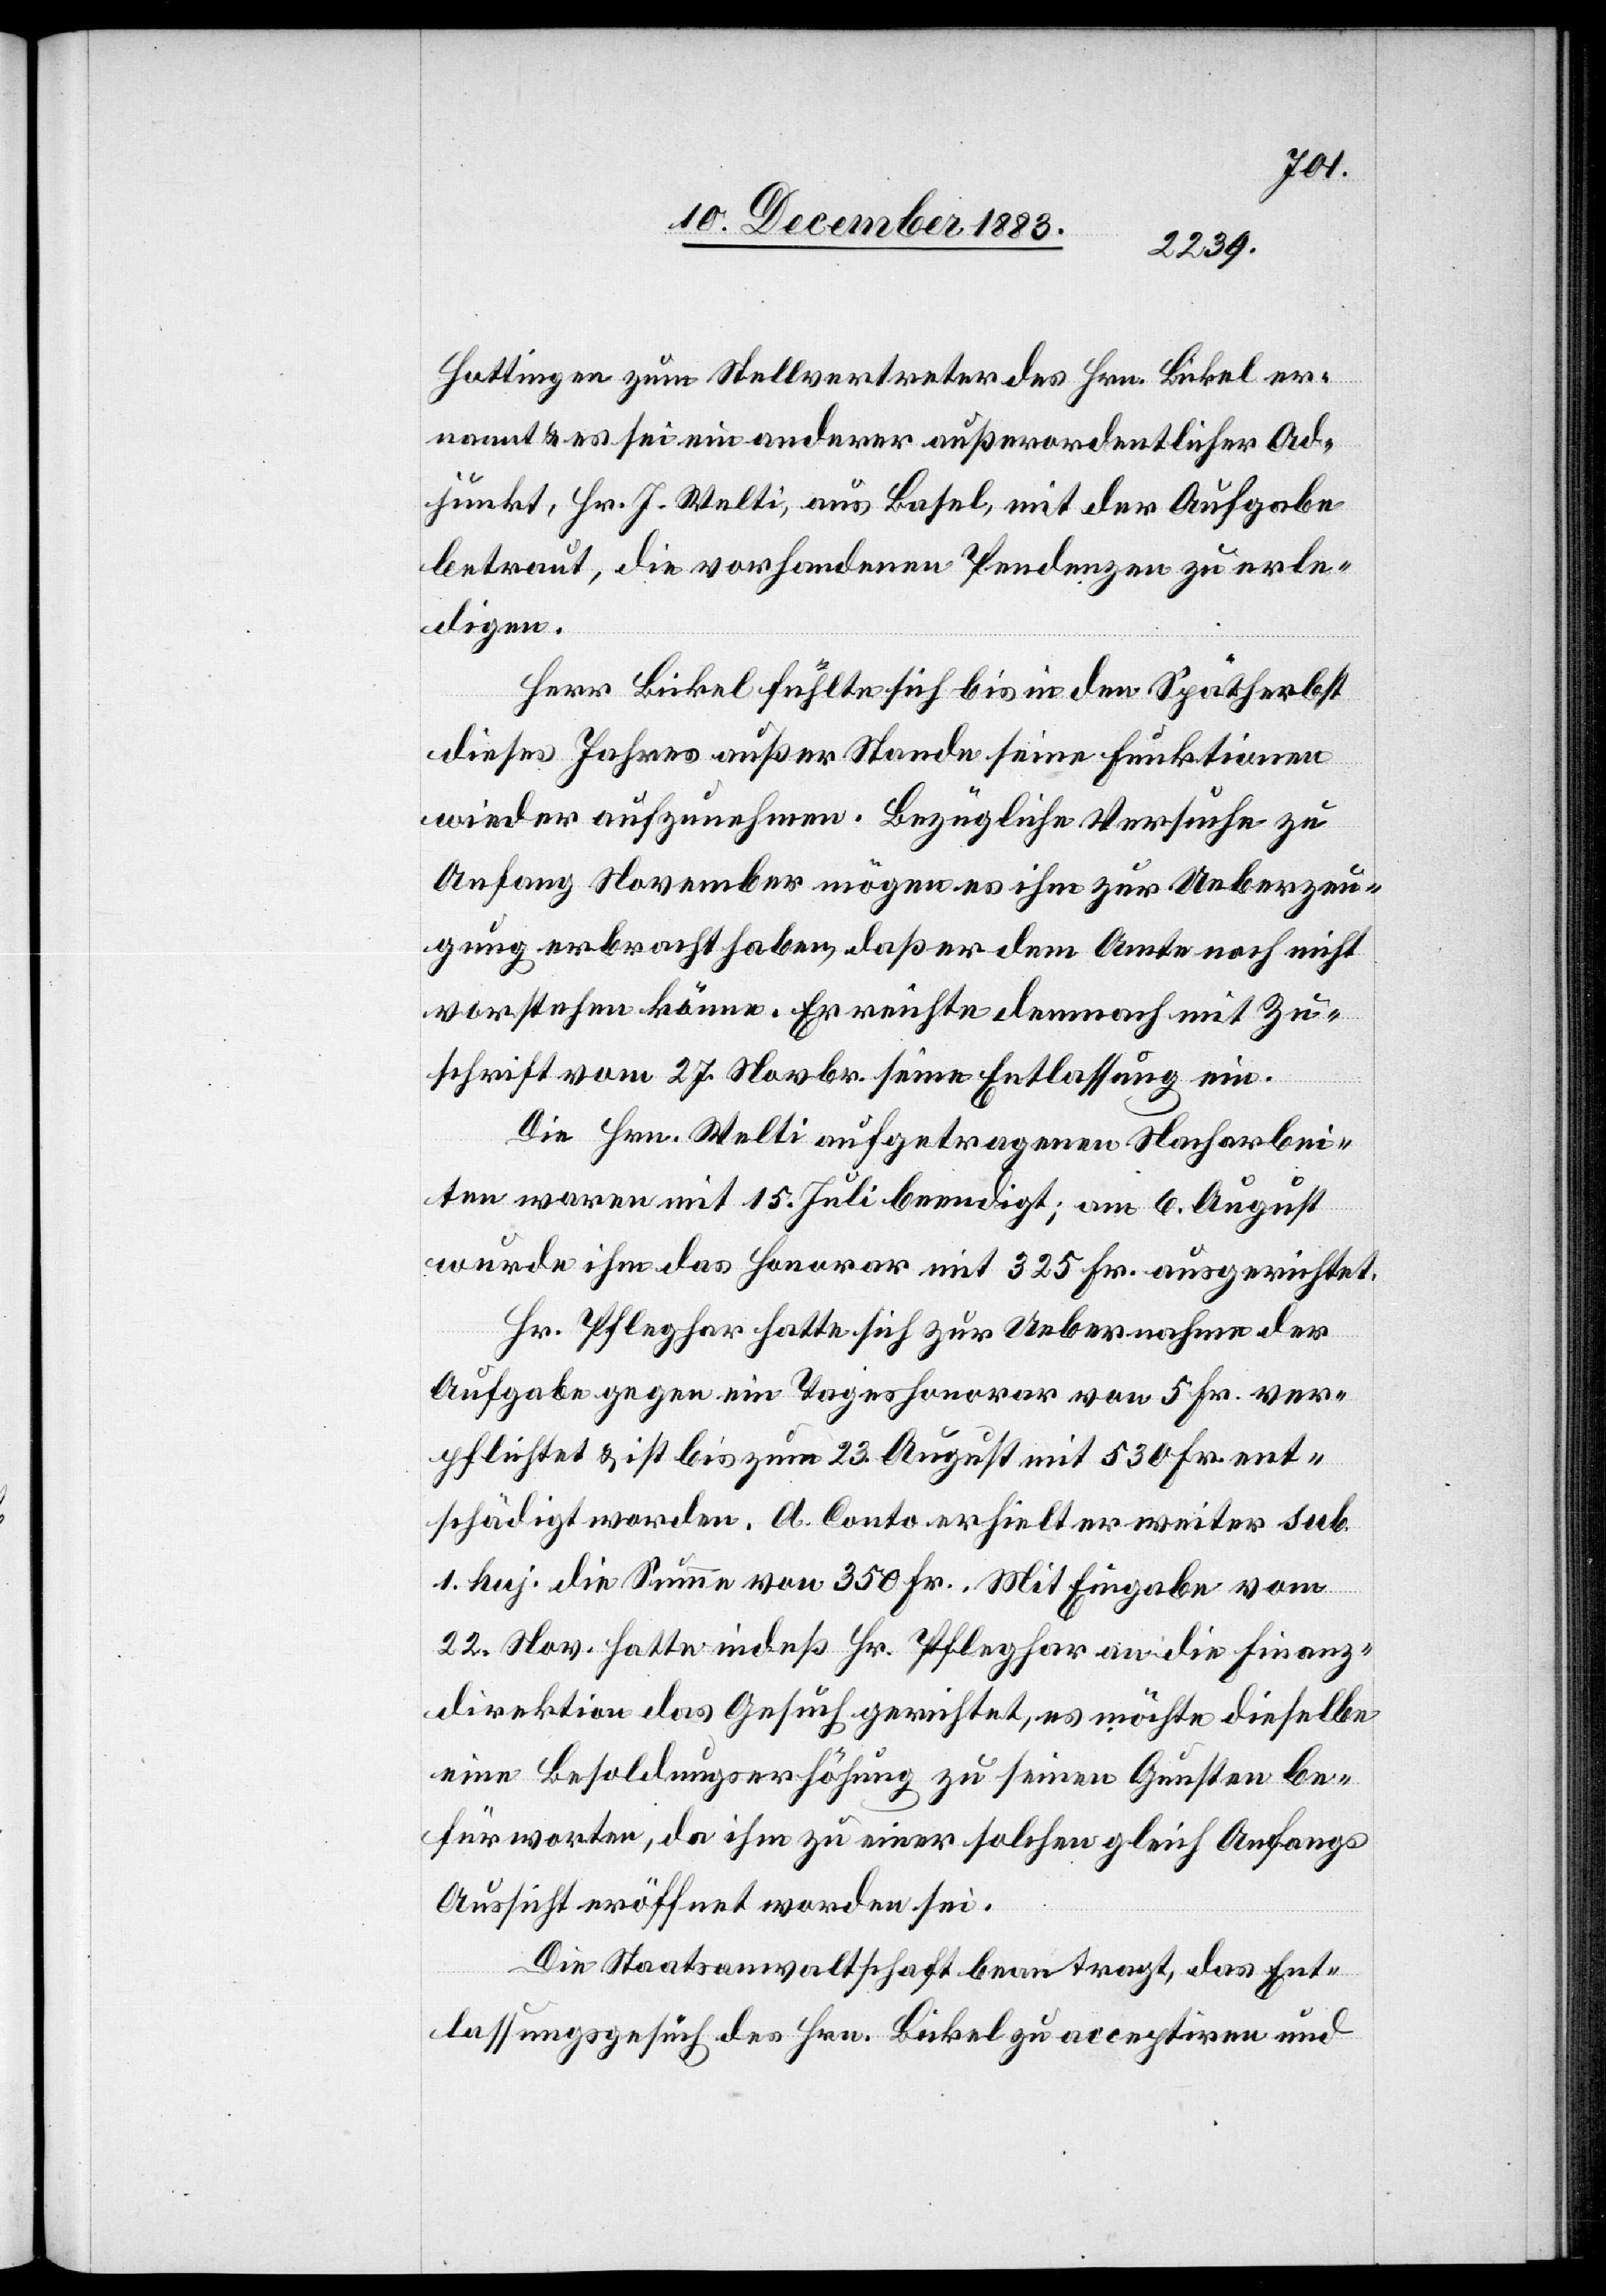
Hottingen zum Stellvertreter des Hrn. Bickel er¬
nannt & es sei ein anderer außerordentlicher Ad¬
junkt, Hr. J. Welti, aus Basel, mit der Aufgabe
betraut, die vorhandenen Pendenzen zu erle¬
digen.
Herr Bickel fühlte sich bis in den Spätherbst
dieses Jahres außer Stande seine Funktionen
wieder aufzunehmen. Bezügliche Versuche zu
Anfang November mögen es ihm zur Ueberzeu¬
gung erbracht haben, daß er dem Amte noch nicht
vorstehen könne. Er reichte demnach mit Zu¬
schrift vom 27. Novbr. seine Entlassung ein.
Die Hrn. Welti aufgetragenen Nacharbei¬
ten waren mit 15. Juli beendigt; am 6. August
wurde ihm das Honorar mit 325 Fr. aufgerichtet.
Hr. Pfleghar hatte sich zur Uebernahme der
Aufgabe gegen ein Tageshonorar von 5 Fr. ver¬
pflichtet & ist bis zum 31. August mit 530 Fr. ent¬
schädigt worden. A Conto erhielt er weiter sub.
1. huj. die Summe von 350 Fr. Mit Eingabe vom
22. Nov. hatte indeß Hr. Pfleghar an die Finanz¬
direktion das Gesuch gerichtet, es möchte dieselbe
eine Besoldungserhöhung zu seinen Gunsten be¬
fürworten, da ihm zu einer solchen gleich Anfangs
Aussicht eröffnet worden sei.
Die Staatsanwaltschaft beantragt, das Ent¬
lassungsgesuch des Hrn. Bickel zu acceptiren und